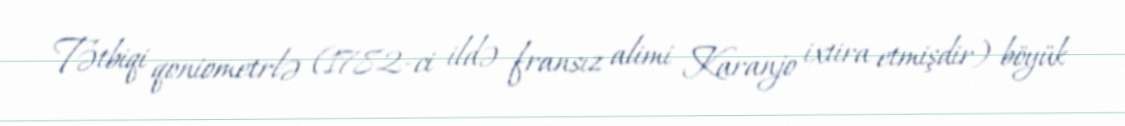
Tətbiqi qoniometrlə (1782-ci ildə fransız alimi Karanjo ixtira etmişdir) böyük